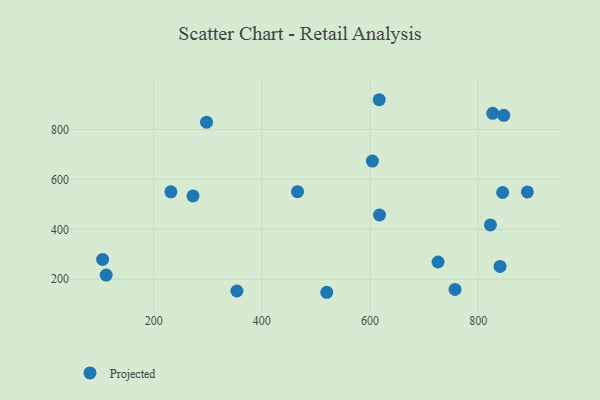
{"axis": {"x": "Ad Spend", "y": "Rating"}, "legend": ["Projected"], "data": [{"x": "353.9", "y": 153.2, "type": "Projected"}, {"x": "231.9", "y": 550.0, "type": "Projected"}, {"x": "847.3", "y": 856.1, "type": "Projected"}, {"x": "725.8", "y": 269.2, "type": "Projected"}, {"x": "617.6", "y": 457.3, "type": "Projected"}, {"x": "604.4", "y": 673.3, "type": "Projected"}, {"x": "105.7", "y": 279.4, "type": "Projected"}, {"x": "822.6", "y": 417.6, "type": "Projected"}, {"x": "845.2", "y": 547.3, "type": "Projected"}, {"x": "520.1", "y": 148.0, "type": "Projected"}, {"x": "297.8", "y": 829.0, "type": "Projected"}, {"x": "617.0", "y": 918.7, "type": "Projected"}, {"x": "840.4", "y": 251.3, "type": "Projected"}, {"x": "757.1", "y": 159.6, "type": "Projected"}, {"x": "890.9", "y": 549.6, "type": "Projected"}, {"x": "272.8", "y": 533.5, "type": "Projected"}, {"x": "112.3", "y": 217.0, "type": "Projected"}, {"x": "826.9", "y": 864.3, "type": "Projected"}, {"x": "466.0", "y": 550.6, "type": "Projected"}]}